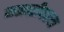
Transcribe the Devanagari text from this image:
सह्याद्रीवरून